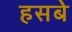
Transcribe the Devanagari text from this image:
हसबे